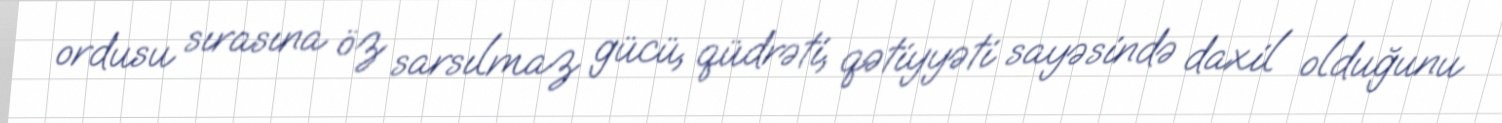
ordusu sırasına öz sarsılmaz gücü, qüdrəti, qətiyyəti sayəsində daxil olduğunu